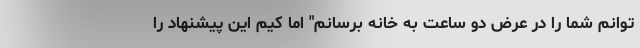
‌توانم شما را در عرض دو ساعت به خانه برسانم" اما کیم این پیشنهاد را